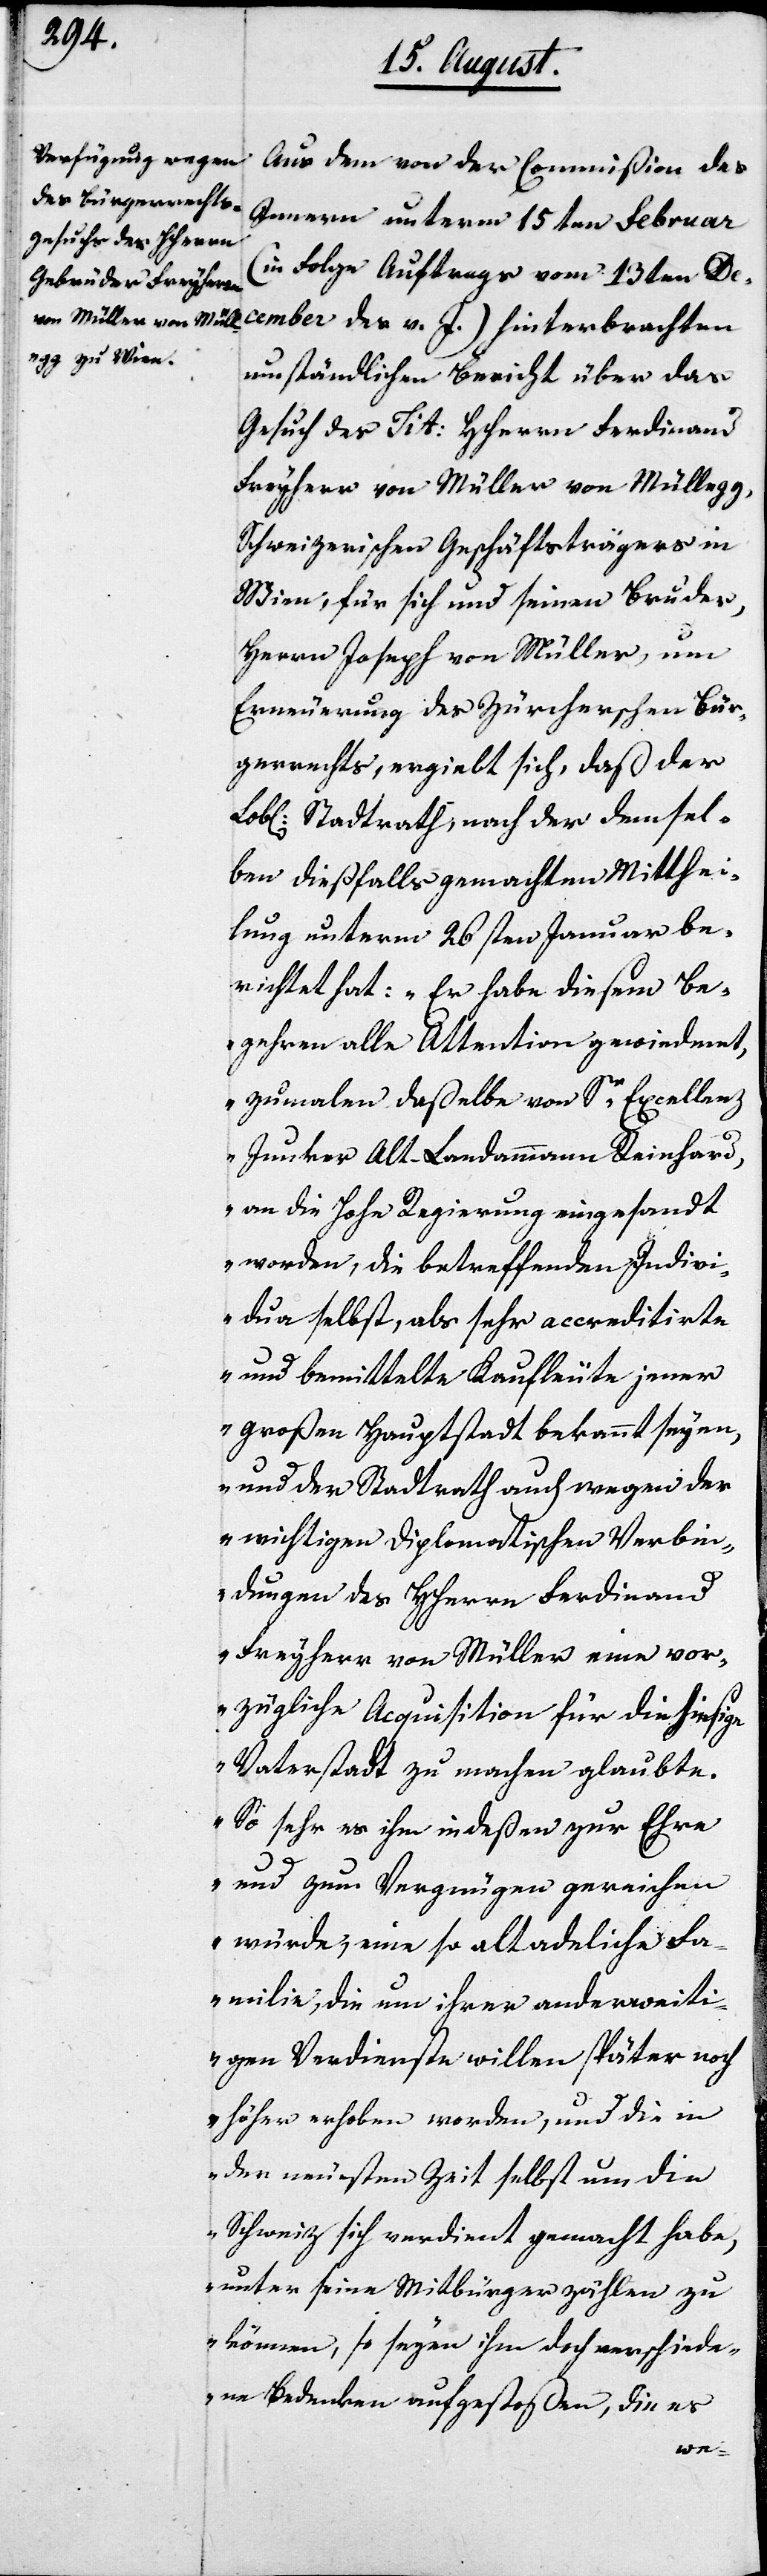
Aus dem von der Commißion des
Innern unterm 15ten Februar
(in Folge Auftrags vom 13ten De¬
cember des v. J.) hinterbrachten
umständlichen Bericht über das
Gesuch des Tit. Herren Ferdinand
Freyherr von Müller von Müllegg,
Schweizerischen Geschäftsträgers in
Wien, für sich und seinen Bruder,
Herrn Joseph von Müller, um
Erneuerung des Zürcherschen Bür¬
gerrechts, ergiebt sich, daß der
Lobl. Stadtrath, nach der demsel¬
ben dießfalls gemachten Mitthei¬
lung unterm 26sten Januar be¬
richtet hat: „Er habe diesem Be¬
gehren alle Attention gewiedmet,
zumalen daßelbe von Sr. Excellenz
Junker Alt-Landammann Reinhard,
an die Hohe Regierung eingesandt
worden, die betreffenden Indivi¬
dua selbst, als sehr accreditirte
und bemittelte Kaufleute jener
großen Hauptstadt bekannt seyen,
und der Stadtrath auch wegen der
wichtigen diplomatischen Verbin¬
dungen des HHerrn Ferdinand
Freyherr von Müller eine vor¬
zügliche Acquisition für die hiesige
Vaterstadt zu machen glaubte.
So sehr es ihm indeßen zur Ehre
und zum Vergnügen gereichen
würde, eine so altadeliche Fa¬
milie, die um ihrer anderweiti¬
gen Verdienste willen später noch
höher erhoben worden, und die in
der neuesten Zeit selbst um die
Schweiz sich verdient gemacht habe,
unter seine Mitbürger zählen zu
können, so seyen ihm doch verschiede¬
nen Bedenken aufgestoßen, die es